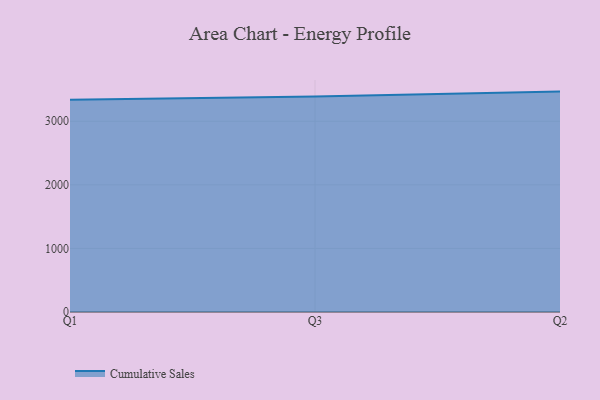
{"axis": {"x": "Quarter", "y": "Demand Index"}, "legend": ["Cumulative Sales"], "data": [{"x": "Q1", "y": 3336.8, "type": "Cumulative Sales"}, {"x": "Q3", "y": 3389.7, "type": "Cumulative Sales"}, {"x": "Q2", "y": 3466.2, "type": "Cumulative Sales"}]}